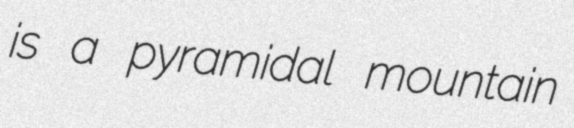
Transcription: is a pyramidal mountain